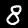
Label: 8